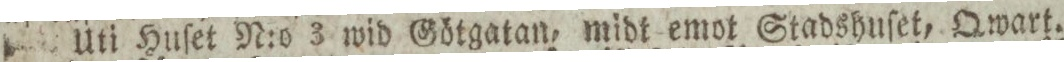
Uti Huſet N:o 3 wid Götgatan, midt emot Stadshuſet, Qwart.